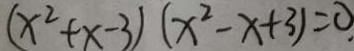
( x ^ { 2 } + x - 3 ) ( x ^ { 2 } - x + 3 ) = 0 .